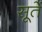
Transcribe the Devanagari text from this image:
सूतें